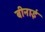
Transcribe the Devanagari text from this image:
बीनाई